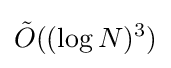
{\tilde {O}}((\log N)^{3})